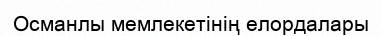
Османлы мемлекетінің елордалары